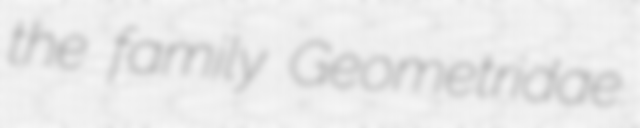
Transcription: the family Geometridae.